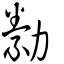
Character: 勬